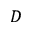
D